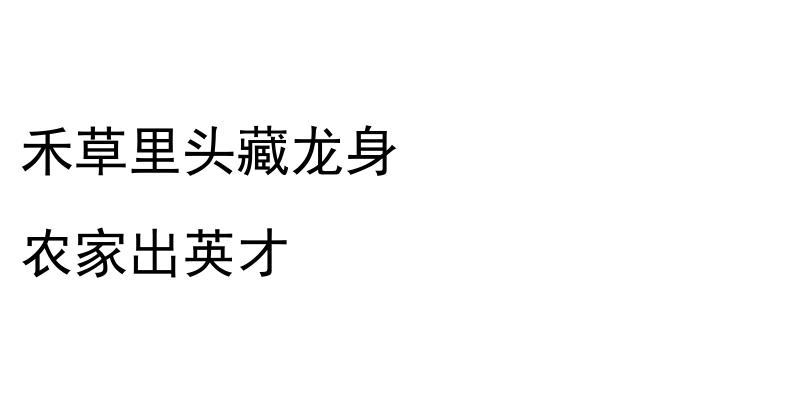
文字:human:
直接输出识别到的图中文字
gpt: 禾草里头藏龙身 农家出英才